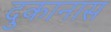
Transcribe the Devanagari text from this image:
दुकानास